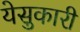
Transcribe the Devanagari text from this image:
येसुकारी